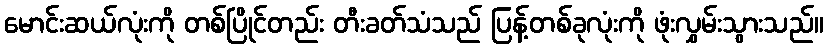
မောင်းဆယ်လုံးကို တစ်ပြိုင်တည်း တီးခတ်သံသည် ပြန့်တစ်ခုလုံးကို ဖုံးလွှမ်းသွားသည်။